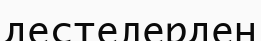
дестелерден